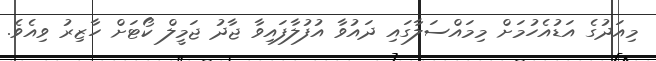
މިއަދުގެ އަޑުއެހުމަށް މިމައްސަލާގައި ދައުވާ އުފުލާފައިވާ ޖާދު ޖަމީލް ކޯޓަށް ހާޒިރު ވިއެވެ.